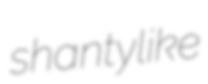
shantylike